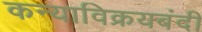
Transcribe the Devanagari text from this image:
कन्याविक्रयबंदी